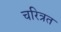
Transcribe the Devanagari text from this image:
चरित्रत